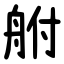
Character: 䑧